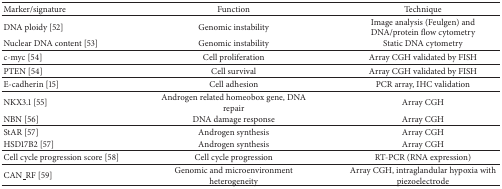
| Marker/signature | Function | Technique |
 | --- | --- | --- |
 | DNA ploidy [52] | Genomic instability | Image analysis (Feulgen) and DNA/protein flow cytometry |
 | Nuclear DNA content [53] | Genomic instability | Static DNA cytometry |
 | c-myc [54] | Cell proliferation | Array CGH validated by FISH |
 | PTEN [54] | Cell survival | Array CGH validated by FISH |
 | E-cadherin [15] | Cell adhesion | PCR array, IHC validation |
 | NKX3.1 [55] | Androgen related homeobox gene, DNA repair | Array CGH |
 | NBN [56] | DNA damage response | Array CGH |
 | StAR [57] | Androgen synthesis | Array CGH |
 | HSD17B2 [57] | Androgen synthesis | Array CGH |
 | Cell cycle progression score [58] | Cell cycle progression | RT-PCR (RNA expression) |
 | CAN_RF [59] | Genomic and microenvironment heterogeneity | Array CGH, intraglandular hypoxia with piezoelectrode |